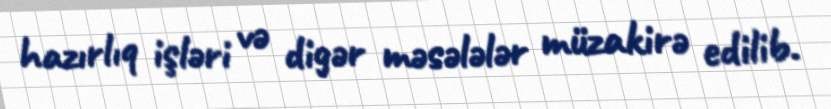
hazırlıq işləri və digər məsələlər müzakirə edilib.